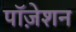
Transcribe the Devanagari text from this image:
पॉज़ेशन